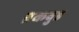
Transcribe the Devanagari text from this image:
व्रकवुड